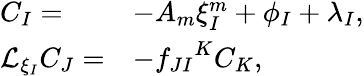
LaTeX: \begin{array}{ll}{{C_{I}=}}&{{-A_{m}\xi_{I}^{m}+\phi_{I}+\lambda_{I},}}\\ {{{\cal L}_{\xi_{I}}C_{J}=}}&{{-{f_{JI}}^{K}C_{K},}}\end{array}